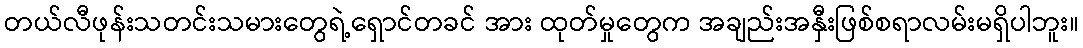
တယ်လီဖုန်းသတင်းသမားတွေရဲ့ရှောင်တခင် အား ထုတ်မှုတွေက အချည်းအနှီးဖြစ်စရာလမ်းမရှိပါဘူး။